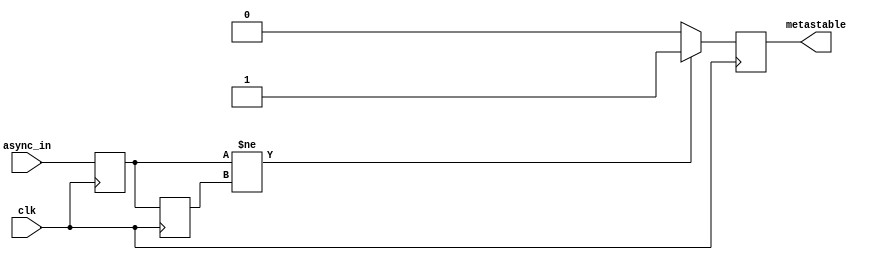
module metastability_detector (
    input wire clk,          // Clock signal
    input wire async_in,     // Asynchronous input signal
    output reg metastable     // Metastability output signal
);

    // Flip-flop declarations
    reg ff1;                 // First flip-flop
    reg ff2;                 // Second flip-flop

    // On the rising edge of the clock
    always @(posedge clk) begin
        // Sample the asynchronous input
        ff1 <= async_in;
        ff2 <= ff1;         // Sample the output of the first flip-flop
    end

    // Metastability detection logic
    always @(posedge clk) begin
        // Check if ff1 has changed state (indicating potential metastability)
        if (ff1 != ff2) begin
            metastable <= 1'b1; // Metastability detected
        end else begin
            metastable <= 1'b0; // No metastability
        end
    end

endmodule